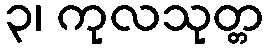
၃၊ ကုလသုတ္တ